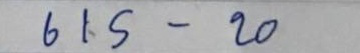
615 - 20